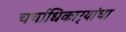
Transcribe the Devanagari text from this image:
चर्चाधिकार्‍यांचा